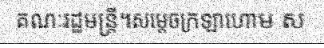
គណៈរដ្ឋមន្ត្រី។សម្តេចក្រឡាហោម ស